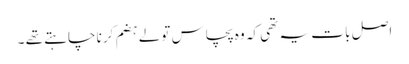
اصل با ت یہ تھی کہ وہ پچاس تولے ہضم کرنا چاہتے تھے ۔